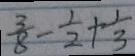
\frac { 3 } { 8 } - \frac { 1 } { 2 } + \frac { 1 } { 3 }